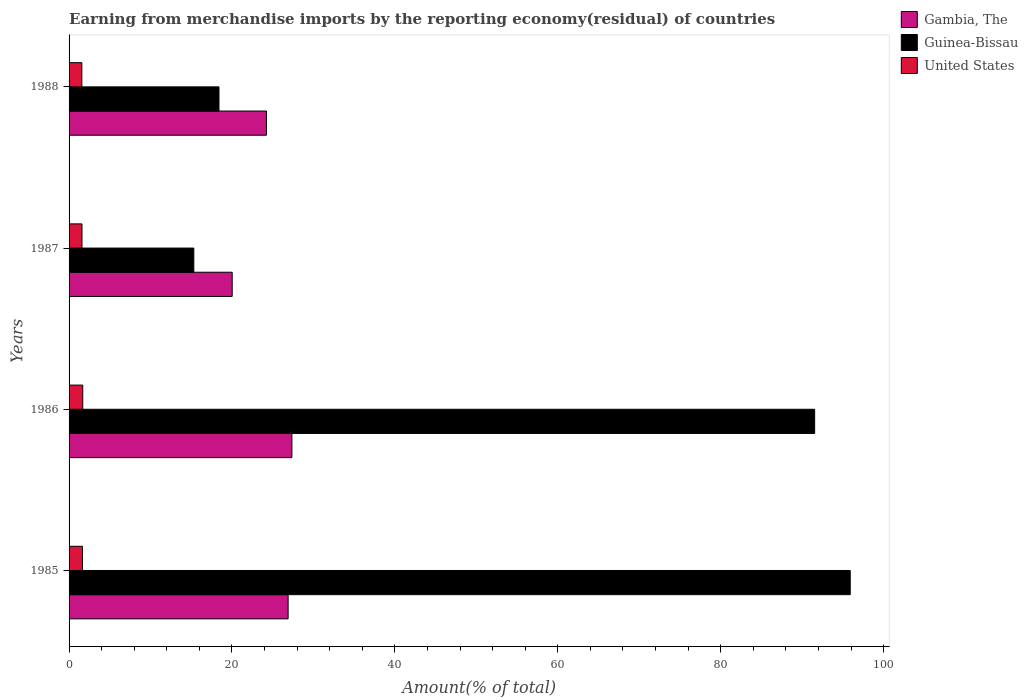
| Years | Gambia, The | Guinea-Bissau | United States |
 | --- | --- | --- | --- |
 | 1985 | 26.9 | 95.9 | 1.64 |
 | 1986 | 27.4 | 91.5 | 1.68 |
 | 1987 | 20 | 15.3 | 1.59 |
 | 1988 | 24.2 | 18.4 | 1.57 |